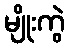
မျိုးကွဲ